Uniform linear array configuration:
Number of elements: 32
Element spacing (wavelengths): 1
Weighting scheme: exponential
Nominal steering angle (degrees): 45
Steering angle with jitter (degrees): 45.024
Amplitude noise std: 0.05
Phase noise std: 0.05

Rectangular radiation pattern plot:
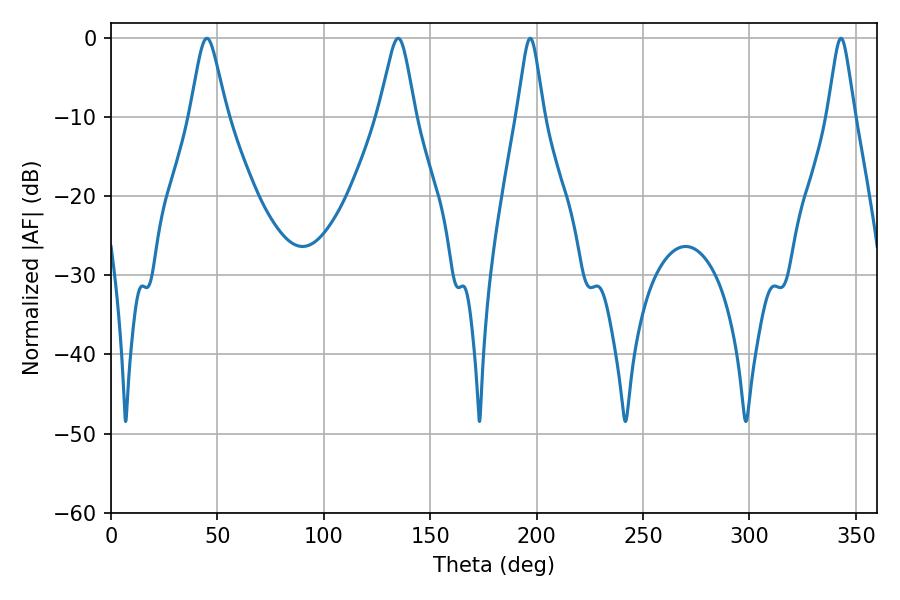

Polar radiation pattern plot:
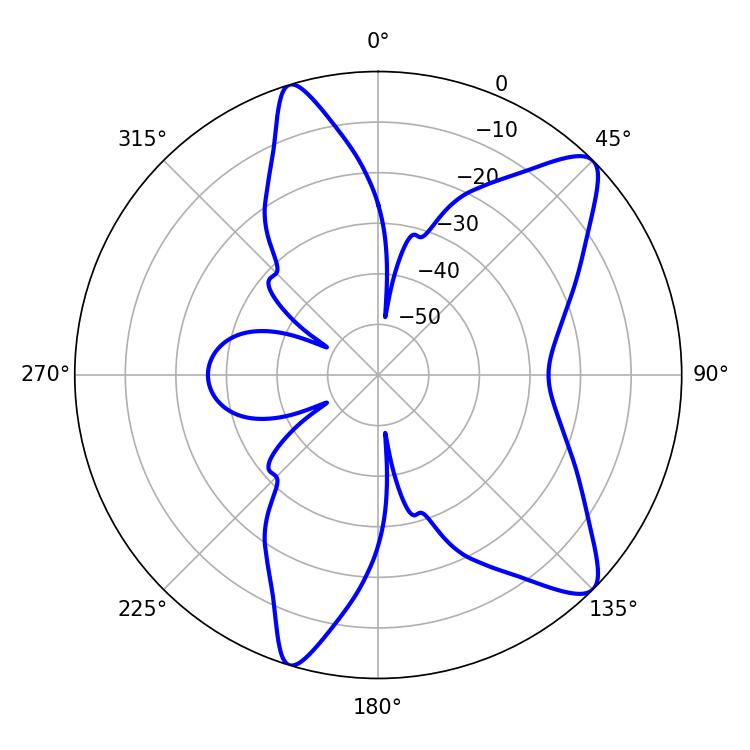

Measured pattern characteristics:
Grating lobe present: TRUE
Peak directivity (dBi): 10.41
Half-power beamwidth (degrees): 8.28
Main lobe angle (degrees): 45